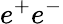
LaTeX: e^{+}e^{-}